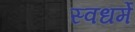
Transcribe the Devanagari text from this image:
स्वधर्मे